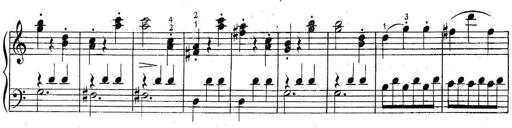
Title: 6 Easy Sonatinas
Composer: Carl Czerny